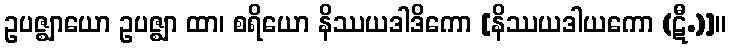
ဥပဇ္ဈာယော ဥပဇ္ဈာ ထာ၊ စရိယော နိဿယဒါဒိကော [နိဿယဒါယကော (ဋီ.)]။